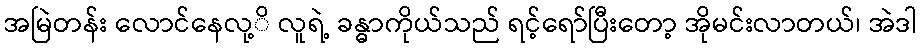
အမြဲတန်း လောင်နေလု့ိ လူရဲ့ ခန္ဓာကိုယ်သည် ရင့်ရော်ပြီးတော့ အိုမင်းလာတယ်၊ အဲဒါ